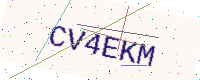
Text: CV4EKM